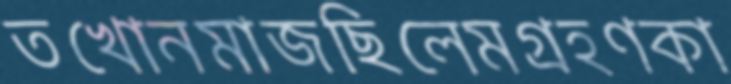
তখোনমাজছিলেমগ্রহণকা